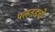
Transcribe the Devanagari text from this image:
पलतडचो